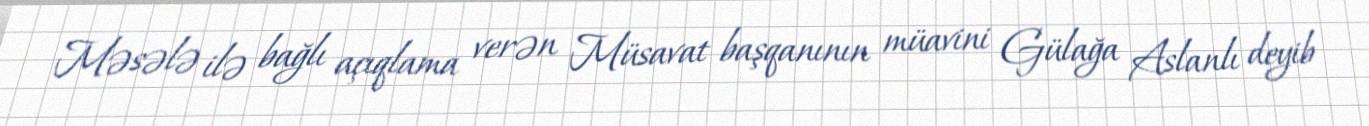
Məsələ ilə bağlı açıqlama verən Müsavat başqanının müavini Gülağa Aslanlı deyib